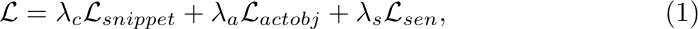
\begin{equation}\label{loss_overall}
\mathcal{L}= \lambda_{c}\mathcal{L}_{snippet} + \lambda_{a}\mathcal{L}_{actobj} + \lambda_{s}\mathcal{L}_{sen},
\end{equation}